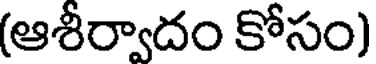
(ఆశీర్వాదం కోసం)